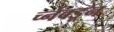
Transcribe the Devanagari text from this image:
र्च्नेक्डून